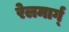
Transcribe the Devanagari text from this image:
रेलमार्ग्